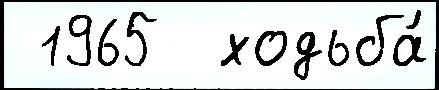
 1965  ходьба́